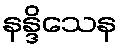
နန္ဒိသေန